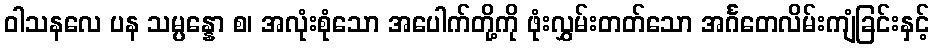
ဝါသနလေ ပန သမ္ပန္နော စ၊ အလုံးစုံသော အပေါက်တို့ကို ဖုံးလွှမ်းတတ်သော အင်္ဂတေလိမ်းကျံခြင်းနှင့်